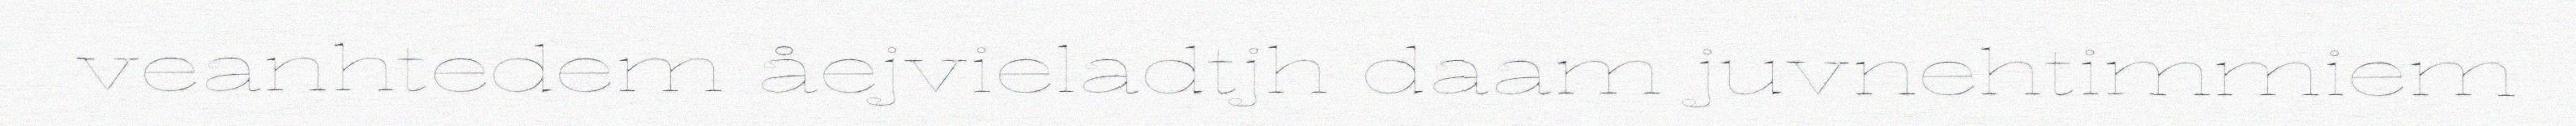
veanhtedem åejvieladtjh daam juvnehtimmiem